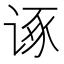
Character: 诼